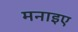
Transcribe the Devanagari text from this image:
मनाइए